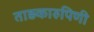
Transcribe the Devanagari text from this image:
ताड़कारुपिणी